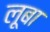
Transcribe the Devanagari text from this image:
लूबा